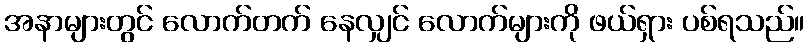
အနာများတွင် လောက်တက် နေလျှင် လောက်များကို ဖယ်ရှား ပစ်ရသည်။